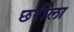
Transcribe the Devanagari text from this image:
छरीला